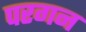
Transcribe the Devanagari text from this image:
परगन